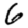
Digit: 6